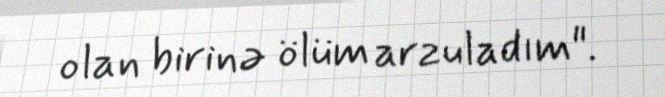
olan birinə ölüm arzuladım".